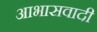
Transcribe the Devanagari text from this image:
आभासवादी